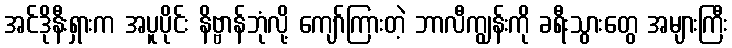
အင်ဒိုနီးရှားက အပူပိုင်း နိဗ္ဗာန်ဘုံလို့ ကျော်ကြားတဲ့ ဘာလီကျွန်းကို ခရီးသွားတွေ အများကြီး